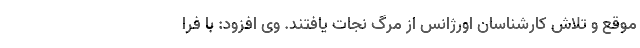
موقع و تلاش کارشناسان اورژانس از مرگ نجات یافتند. وی افزود: با فرا